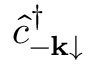
\hat { c } _ { { \bf - k } \mathrm { \downarrow } } ^ { \dagger }